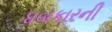
ધબકારની